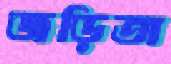
জড়িতা